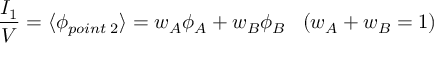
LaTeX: \frac { I _ { 1 } } { V } = \langle \phi _ { p o i n t \; 2 } \rangle = w _ { A } \phi _ { A } + w _ { B } \phi _ { B } \; \; \; ( w _ { A } + w _ { B } = 1 )